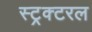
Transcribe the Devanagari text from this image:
स्ट्रक्टरल